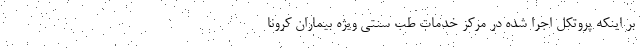
بر اینکه پروتکل اجرا شده در مرکز خدمات طب سنتی ویژه بیماران کرونا